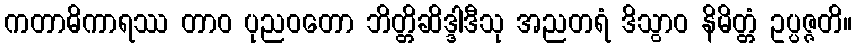
ကတာဓိကာရဿ တာဝ ပုညဝတော ဘိတ္တိဆိဒ္ဒါဒီသု အညတရံ ဒိသွာဝ နိမိတ္တံ ဥပ္ပဇ္ဇတိ။